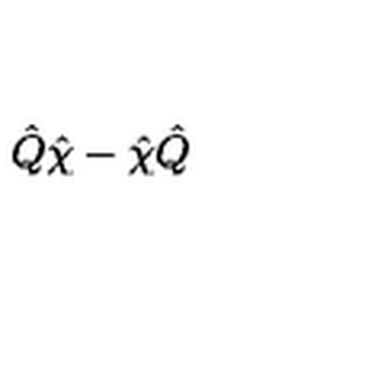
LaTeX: \hat { Q } \hat { \chi } - \hat { \chi } \hat { Q } \,